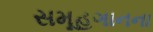
સમૂહગાનના